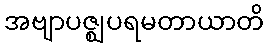
အဗျာပဇ္ဈပရမတာယာတိ